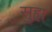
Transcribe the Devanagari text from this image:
सुह्म